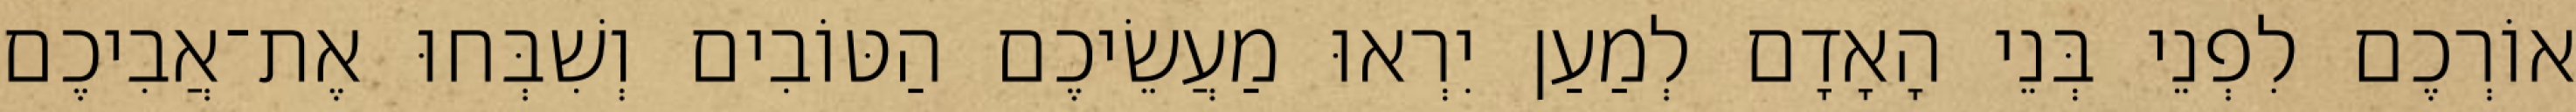
אוֹרְכֶם לִפְנֵי בְּנֵי הָאָדָם לְמַעַן יִרְאוּ מַעֲשֵׂיכֶם הַטּוֹבִים וְשִׁבְּחוּ אֶת־אֲבִיכֶם